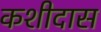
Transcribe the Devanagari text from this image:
कशीदास